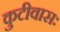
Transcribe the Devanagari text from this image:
कुटीवासः